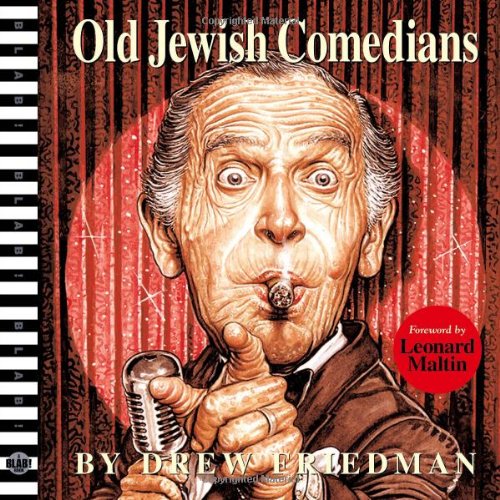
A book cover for Old Jewish Comedians: A BLAB! Storybook; Drew Friedman; Arts & Photography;